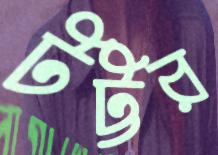
টট্টর